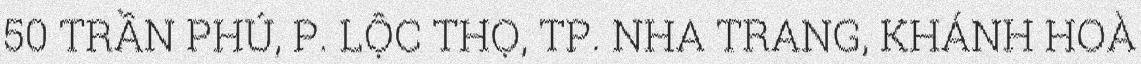
50 TRẦN PHÚ, P. LỘC THỌ, TP. NHA TRANG, KHÁNH HOÀ